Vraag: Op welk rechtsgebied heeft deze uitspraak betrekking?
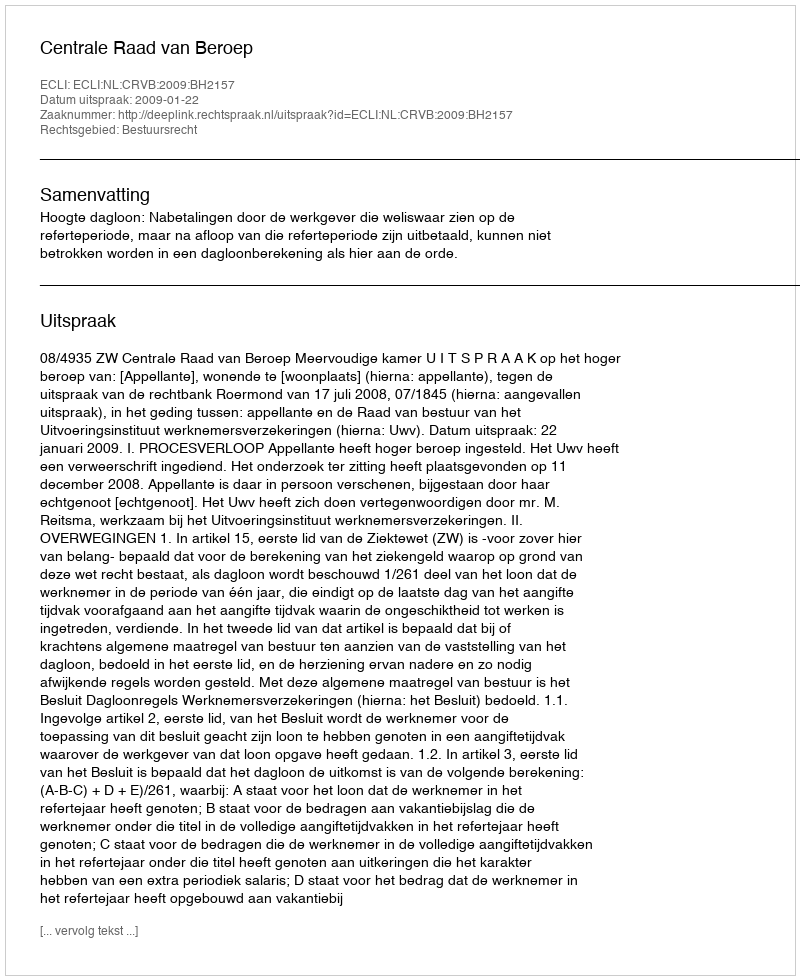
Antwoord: Bestuursrecht